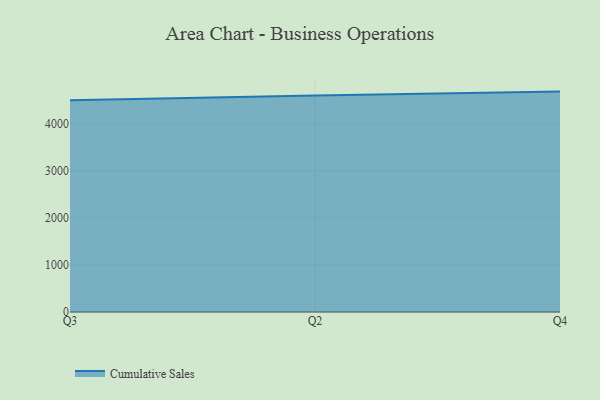
{"axis": {"x": "Quarter", "y": "LTV (USD)"}, "legend": ["Cumulative Sales"], "data": [{"x": "Q3", "y": 4495.4, "type": "Cumulative Sales"}, {"x": "Q2", "y": 4599.8, "type": "Cumulative Sales"}, {"x": "Q4", "y": 4680.2, "type": "Cumulative Sales"}]}